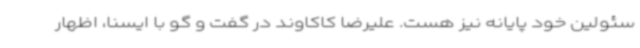
سئولین خود پایانه نیز هست. علیرضا کاکاوند در گفت و گو با ایسنا، اظهار